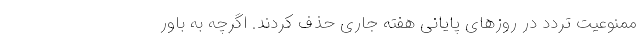
ممنوعیت تردد در روزهای پایانی هفته جاری حذف کردند. اگرچه به باور